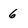
Character: 6